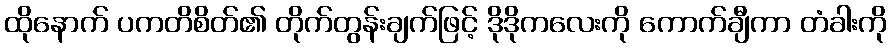
ထိုနောက် ပကတိစိတ်၏ တိုက်တွန်းချက်ဖြင့် ဒိုဒိုကလေးကို ကောက်ချီကာ တံခါးကို